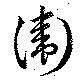
衛